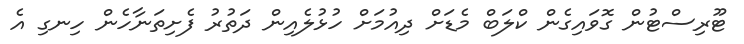
ޓޫރިސްޓުން ގޮވައިގެން ކްލަބް މެޑަށް ދިއުމަށް ހުޅުލެއިން ދަތުރު ފެށިތަނާހެން ހިނގި އެ